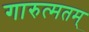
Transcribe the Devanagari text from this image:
गारुत्मतम्